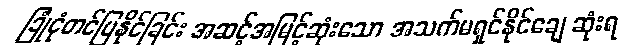
ခြုံငုံတင်ပြနိုင်ခြင်း အဆင့်အမြင့်ဆုံးသော အသက်မရှင်နိုင်ချေ ဆုံးရ